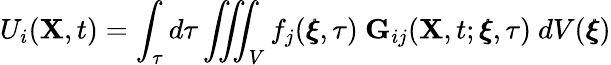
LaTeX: U_{i}(\mathbf{X},t)=\int_{\tau}d\tau\iiint_{V}f_{j}(\pmb{\xi},\tau)~\mathbf{G}_{ij}(\mathbf{X},t;\pmb{\xi},\tau)~dV(\pmb{\xi})